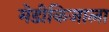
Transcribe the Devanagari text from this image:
मेडीकिजाला